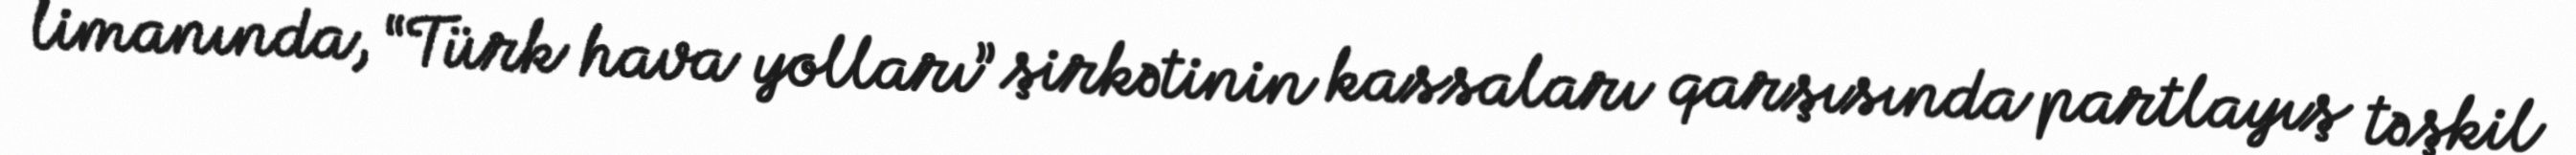
limanında, “Türk hava yolları” şirkətinin kassaları qarşısında partlayış təşkil